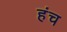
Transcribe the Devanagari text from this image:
हंच